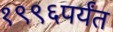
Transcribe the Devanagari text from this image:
१९९६पर्यंत